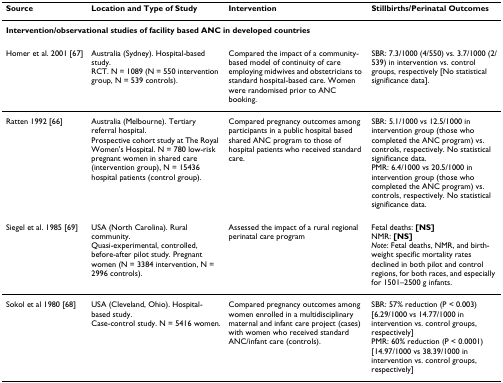
| Source | Location and Type of Study | Intervention | Stillbirths/Perinatal Outcomes |
 | --- | --- | --- | --- |
 | <COLSPAN=4> Intervention/observational studies of facility based ANC in developed countries |
 | Homer et al. 2001 [67] | Australia (Sydney). Hospital-based study.RCT. N = 1089 (N = 550 intervention group, N = 539 controls). | Compared the impact of a community-based model of continuity of care employing midwives and obstetricians to standard hospital-based care. Women were randomised prior to ANC booking. | SBR: 7.3/1000 (4/550) vs. 3.7/1000 (2/539) in intervention vs. control groups, respectively [No statistical significance data]. |
 | Ratten 1992 [66] | Australia (Melbourne). Tertiary referral hospital.Prospective cohort study at The Royal Women's Hospital. N = 780 low-risk pregnant women in shared care (intervention group), N = 15436 hospital patients (control group). | Compared pregnancy outcomes among participants in a public hospital based shared ANC program to those of hospital patients who received standard care. | SBR: 5.1/1000 vs 12.5/1000 in intervention group (those who completed the ANC program) vs. controls, respectively. No statistical significance data.PMR: 6.4/1000 vs 20.5/1000 in intervention group (those who completed the ANC program) vs. controls, respectively. No statistical significance data. |
 | Siegel et al. 1985 [69] | USA (North Carolina). Rural community.Quasi-experimental, controlled, before-after pilot study. Pregnant women (N = 3384 intervention, N = 2996 controls). | Assessed the impact of a rural regional perinatal care program | Fetal deaths: [NS]NMR: [NS]Note: Fetal deaths, NMR, and birth-weight specific mortality rates declined in both pilot and control regions, for both races, and especially for 1501–2500 g infants. |
 | Sokol et al 1980 [68] | USA (Cleveland, Ohio). Hospital-based study.Case-control study. N = 5416 women. | Compared pregnancy outcomes among women enrolled in a multidisciplinary maternal and infant care project (cases) with women who received standard ANC/infant care (controls). | SBR: 57% reduction (P < 0.003)[6.29/1000 vs 14.77/1000 in intervention vs. control groups, respectively]PMR: 60% reduction (P < 0.0001)[14.97/1000 vs 38.39/1000 in intervention vs. control groups, respectively] |